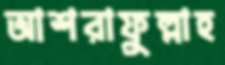
আশরাফুল্লাহ